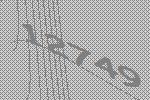
12749